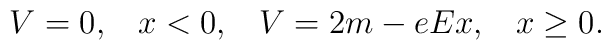
V=0,\;\;\; x<0,\;\;\; V=2m-eEx,\;\;\; x\geq 0.